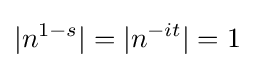
|n^{1-s}|=|n^{-it}|=1